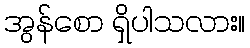
အွန်စော ရှိပါသလား။